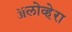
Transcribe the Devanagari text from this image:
ॲलोव्हेरा